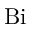
\mathrm { B i }